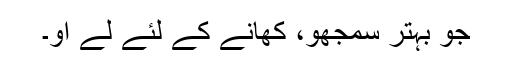
جو بہتر سمجھو، کھانے کے لئے لے آؤ۔